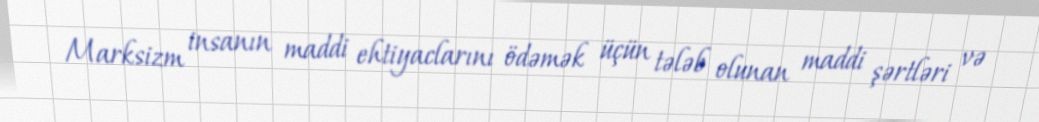
Marksizm insanın maddi ehtiyaclarını ödəmək üçün tələb olunan maddi şərtləri və